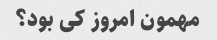
مهمون امروز کی بود؟